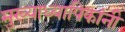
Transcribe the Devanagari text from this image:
मुख्याध्यापिकांनी